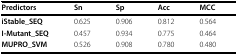
| Predictors | Sn | Sp | Acc | MCC |
 | --- | --- | --- | --- | --- |
 | iStable_SEQ | 0.625 | 0.906 | 0.812 | 0.564 |
 | I-Mutant_SEQ | 0.457 | 0.934 | 0.775 | 0.464 |
 | MUPRO_SVM | 0.526 | 0.908 | 0.780 | 0.480 |